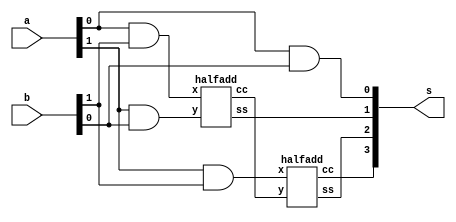
module prog4 (a, b, s);
input [1:0] a, b;
output [3:0] s;
wire [3:0] i;
assign i[1] = a[0]&b[1];
assign i[2] = a[1]&b[0];
assign i[3] = a[1]&b[1];
assign s[0] = a[0]&b[0];
halfadd h1(i[1], i[2], s[1], i[0]);
halfadd h2(i[3], i[0], s[2], s[3]);
endmodule

module halfadd (x, y, ss, cc);
input x, y;
output ss, cc;
assign ss = x^y;
assign cc = x&y;
endmodule